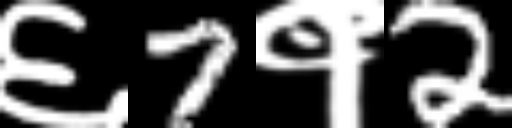
Text: ६7१2